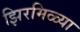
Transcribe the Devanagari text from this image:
झिरमिळ्या